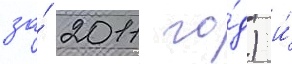
за́ 2011 го́д) и́